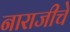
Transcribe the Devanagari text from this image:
नाराजीचे